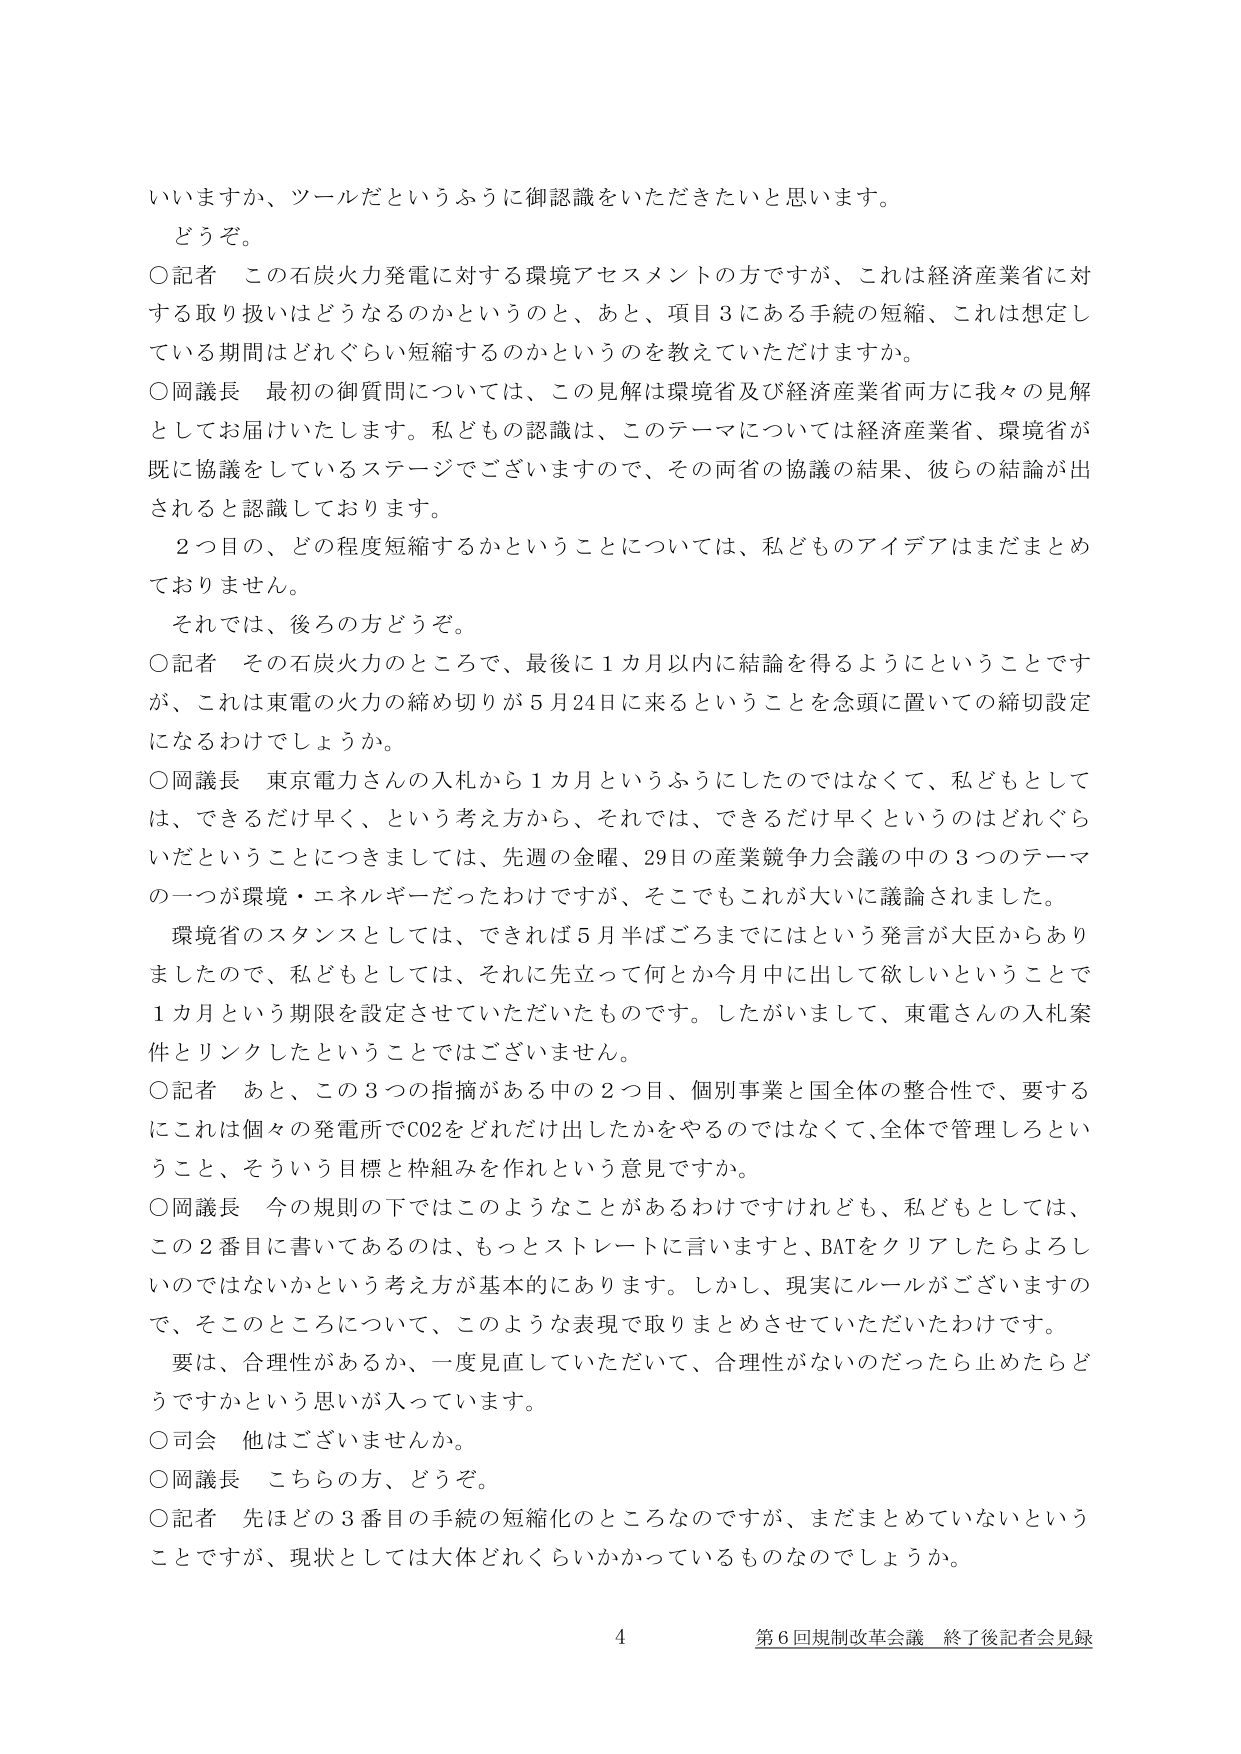
いいますか、ツールだというふうに御認識をいただきたいと思います。
どうぞ。
○記者 この石炭火力発電に対する環境アセスメントの方ですが、これは経済産業省に対する取り扱いはどうなるのかというのと、あと、項目３にある手続の短縮、これは想定している期間はどれぐらい短縮するのかというのを教えていただけますか。
○岡議長 最初の御質問については、この見解は環境省及び経済産業省両方にお届けいたします。私どもの認識は、このテーマについては経済産業省、環境省が既に協議をしているステージでございますので、その両省の協議の結果、彼らの結論が出されると認識しております。
２つ目の、どの程度短縮するかということについては、私どものアイデアはまだまとめておりません。
それでは、後ろの方どうぞ。
○記者 その石炭火力のところで、最後に１カ月以内に結論を得るようにということですが、これは東電の火力の締め切りが５月24日に来るということを念頭に置いての締切設定になるわけでしょうか。
○岡議長 東京電力さんの入札から１カ月というふうにしたのではなくて、私どもとしては、できるだけ早く、という考え方から、それでは、できるだけ早くというのはどれぐらいだということにつきましては、先週の金曜、29日の産業競争力会議の中の３つのテーマの一つが環境・エネルギーだったわけですが、そこでもこれが大いに議論されました。
環境省のスタンスとしては、できれば５月半ばごろまでにはという発言が大臣からありましたので、私どもとしては、それに先立って何とか今月中に出して欲しいということで１カ月という期限を設定させていただいたものです。したがいまして、東電さんの入札案件とリンクしたということではございません。
○記者 あと、この３つの指摘がある中の２つ目、個別事業と国全体の整合性で、要するにこれは個々の発電所でCO2をどれだけ出したかをやるのではなくて、全体で管理しろということ、そういう目標と枠組みを作れという意見ですか。
○岡議長 今の規則の下ではこのようなことがあるわけですが、私どもとしては、この２番目に書いてあるのは、もっとストレートに言いますと、BATをクリアしたらよろしいのではないかという考え方が基本的にあります。しかし、現実にルールがございますので、そこのところについて、このような表現で取りまとめさせていただいたわけです。
要は、合理性があるか、一度見直していただいて、合理性がないのだったら止めたらどうですかという思いが入っています。
○司会 他はございませんか。
○岡議長 こちらの方、どうぞ。
○記者 先ほどの３番目の手続の短縮化のところなのですが、まだまとめていないということですが、現状としては大体どれぐらいかかっているものなのでしょうか。
4 第６回規制改革会議 終了後記者会見録